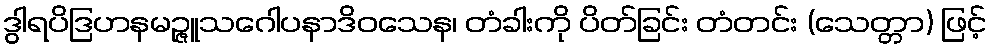
ဒွါရပိဒြဟနမဉ္ဇူသဂေါပနာဒိဝသေန၊ တံခါးကို ပိတ်ခြင်း တံတင်း (သေတ္တာ) ဖြင့်